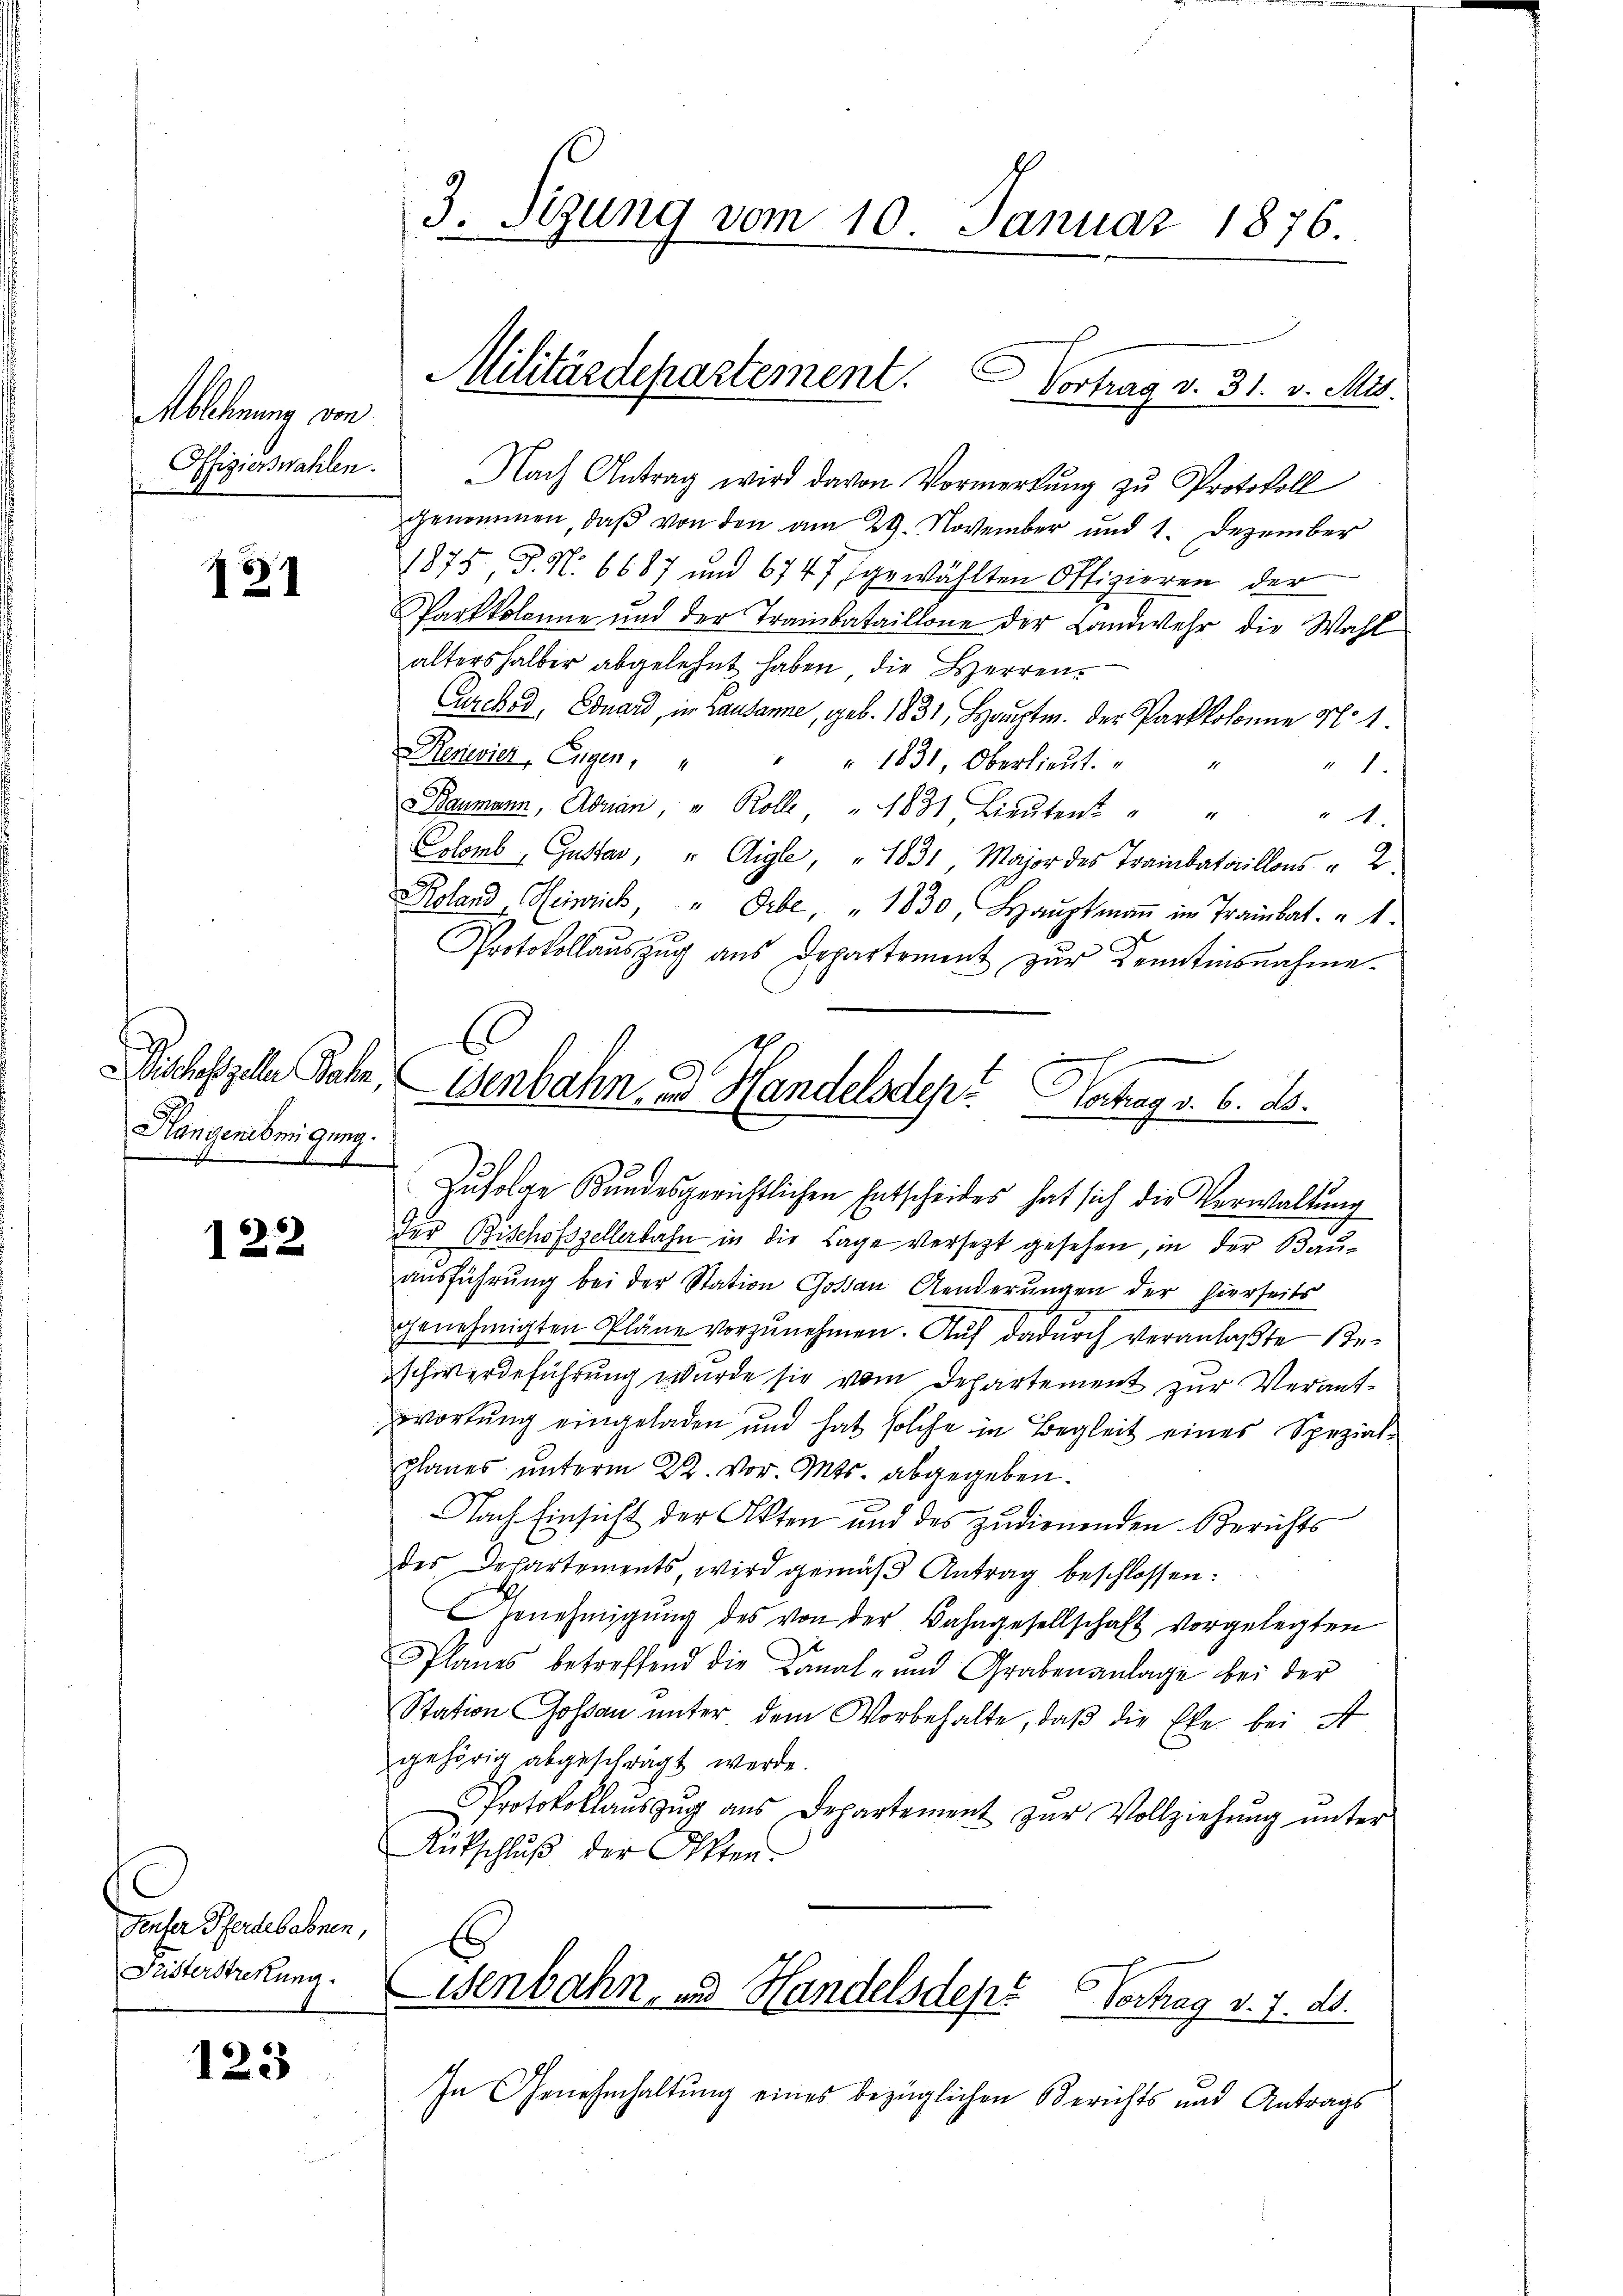
MAblehnung von
Offizierswahlen.

127

Hangenehmigung.

122

Fenfer Pferdebahnen,
Fristerstrekung.

123

Nach Antrag wird davon Vormerkŭng zu Protokoll
genommen, daß von den am 29. November und 1. Dezember
1875 P. N. 6687 und 6747 gewählten Offizieren der
Parkkolonne und der Tranbataillone der Landwehr die Wahl
altershalber abgelehnt haben, die Herren¬
Curcked, Eduard, in Lausanne, geb. 1831., Hauptm. der Parkkolonne No 1.
Renovier, Eugen, " " " 1831, Oberlieŭt.
41.
Baumann, Adrian, " Rolle " 1831. Lieŭten " "
"
Colomb, Gustav, " Aigle, " 1831, Major des Trainbataillons " 2
Roland Heinrich, " Orbe, " 1830, Haŭptmaṅ im Trambat. u 1.
Protokollaŭszŭg aŭs Departement zŭr Kenntinsnahme.
der Bischofszellerbahn in die Lage versetzt gesehen, in der Bauausführung bei der Station Goßau Aenderungen der hierseits
genehmigten Pläne vorzŭnehmen. Aŭf dadurch veranlaßte Be-
schwerdeführung wurde sie vom Departement zur Verantwortung eingeladen und hat solche in Begleit eines Spezialplanes unterm 22. vor. Mts. abgegeben.
Nach Einsicht der Akten und des zudienenden Berichts
des Departements, wird gemäβ Antrag beschlossen:
Genehmigŭng des von der Bahngesellschaft vorgelegten
PPlanes betreffend die Canal- und Grabenanlage bei der
Station Goßau unter dem Vorbehalte, daß die Ehe bei ist
gehörig abgeschrägt werde.
Protokollaŭszŭg aŭs Departement zŭr Vollziehŭng ŭnter
Rütschluß der Otten.
isenbahn, und Handelsdepe Vertrag v. 7. ds.
In Genehmhaltung eines bezüglichen Berichts und Antrags

3. Sizung vom 10. Januar 1876.

Militärdepartement. Vortrag v. 31. v. Mts.

Vischestelle Jahr, Wenbahn- und Handelsdepr? Hochrag v. 6. ds.
Zufolge Bundesgerichtlichen Entscheides hat sich die Verwaltung